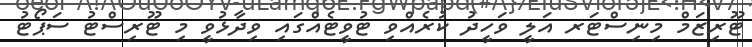
ޓޫރިޒަމް މިނިސްޓަރ އަލީ ވަހީދު ކުރެއްވި ޓުވީޓެއްގައި ވިދާޅުވީ މި ޓޫރިސްޓު ސަޕޯޓު